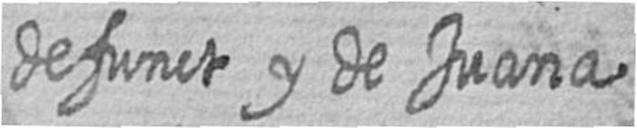
defunct y de Juana